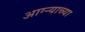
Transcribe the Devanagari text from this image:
आग्‍र्‍याच्या